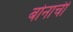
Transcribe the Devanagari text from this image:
बोनाची